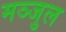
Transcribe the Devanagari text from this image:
मञ्जुल